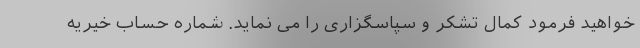
خواهید فرمود کمال تشکر و سپاسگزاری را می نماید. شماره حساب خیریه